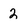
Character: 2